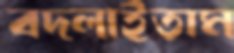
বদ্‌লাইতাম